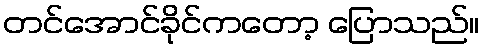
တင်အောင်ခိုင်ကတော့ ပြောသည်။